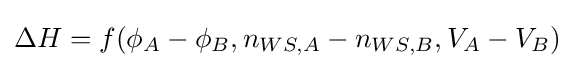
\Delta H=f(\phi _{A}-\phi _{B},n_{WS,A}-n_{WS,B},V_{A}-V_{B})